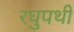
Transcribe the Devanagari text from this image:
रघुपथी